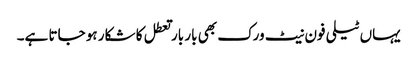
یہاں ٹیلی فون نیٹ ورک بھی بار بار تعطل کا شکار ہو جاتا ہے۔